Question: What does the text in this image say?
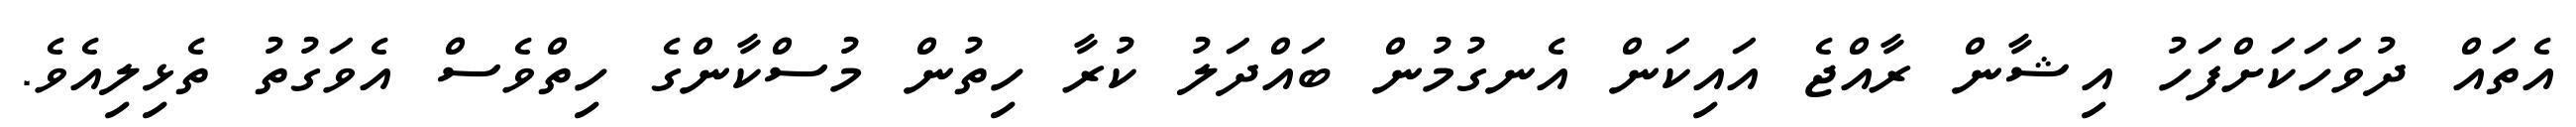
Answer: އެތައް ދުވަހަކަށްފަހު އިޝާން ރާއްޖެ އައިކަން އެނގުމުން ބައްދަލު ކުރާ ހިތުން މުސްކާންގެ ހިތްވެސް އެވަގުތު ތެޅިލިއެވެ.